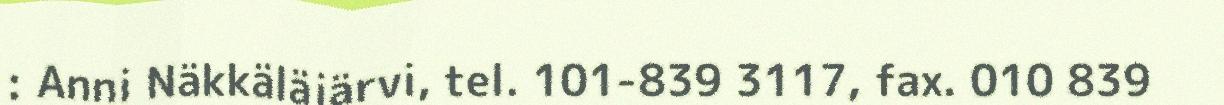
: Anni Näkkäläjärvi, tel. 101-839 3117, fax. 010 839